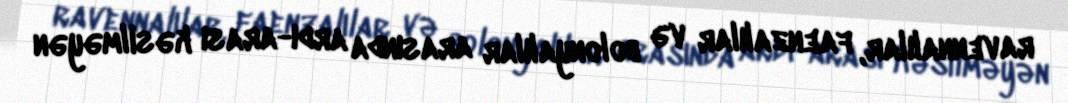
ravennalılar, faenzalılar və bolonyalılar arasında ardı-arası kəsilməyən